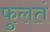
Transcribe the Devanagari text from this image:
फुलतं